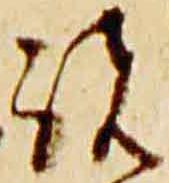
諸